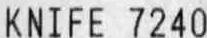
KNIFE 7240